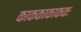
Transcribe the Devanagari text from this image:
काककाकाककः